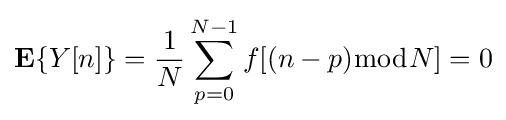
\mathbf {E} \{Y[n]\}={\frac {1}{N}}\sum _{p=0}^{N-1}f[(n-p){\bmod {N}}]=0